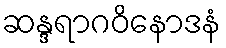
ဆန္ဒရာဂဝိနောဒနံ